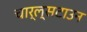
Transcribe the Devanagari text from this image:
चार्ल्सटाउन